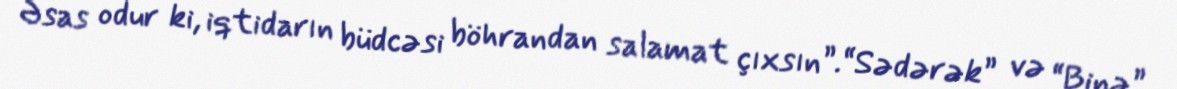
Əsas odur ki, iqtidarın büdcəsi böhrandan salamat çıxsın”.“Sədərək” və “Binə”